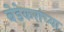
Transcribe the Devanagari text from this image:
बेडेकरांच्या